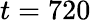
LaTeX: t=720